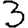
Digit: 3